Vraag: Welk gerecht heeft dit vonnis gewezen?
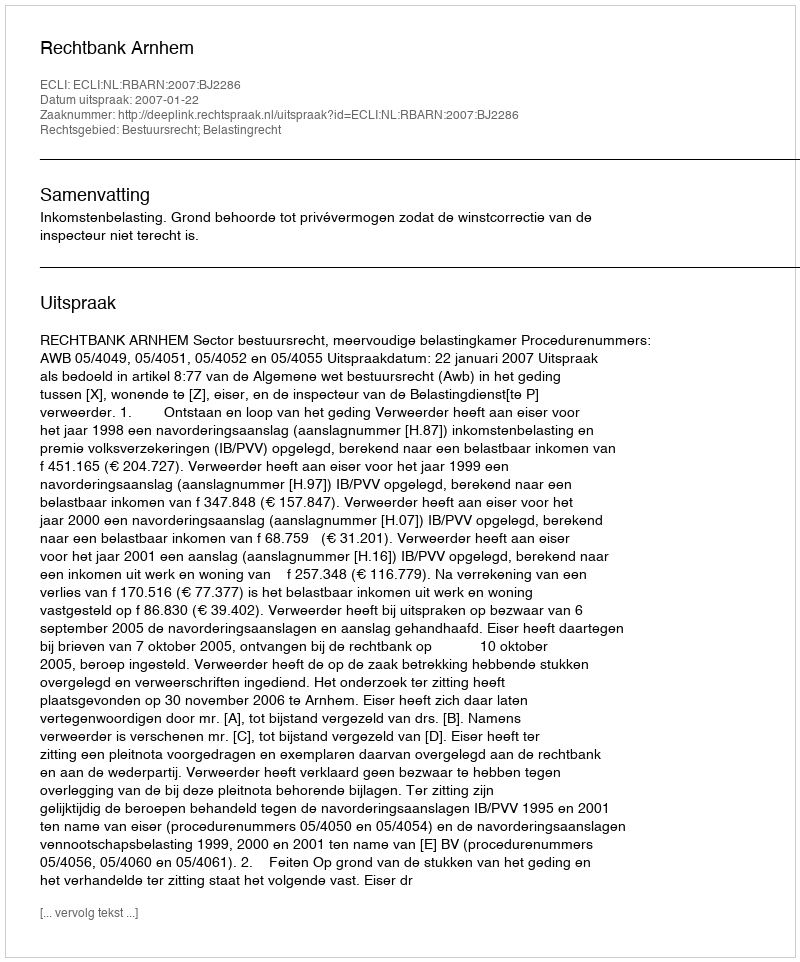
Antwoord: Rechtbank Arnhem